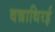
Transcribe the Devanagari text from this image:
वन्नाथिरई